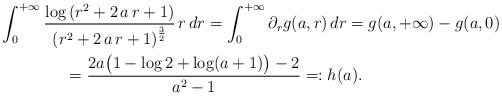
LaTeX: \begin{align*}&\int_0^{+\infty}\frac{\log\left( {r}^{2}+2\,a\,r+1\right) }{{\left( {r}^{2}+2\,a\,r+1\right) }^{\frac{3}{2}}}\,r\,dr=\int_0^{+\infty} \partial_r g(a,r)\,dr=g(a,+\infty)-g(a,0)\\&\qquad\qquad=\frac{2a\big(1-\log 2+\log(a+1)\big)-2}{a^2-1}=:h(a).\end{align*}